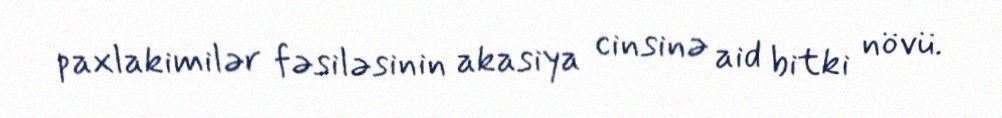
paxlakimilər fəsiləsinin akasiya cinsinə aid bitki növü.